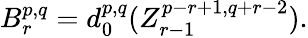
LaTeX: B_{r}^{p,q}=d_{0}^{p,q}(Z_{r-1}^{p-r+1,q+r-2}).